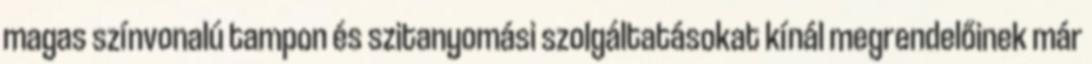
magas színvonalú tampon és szitanyomási szolgáltatásokat kínál megrendelőinek már